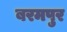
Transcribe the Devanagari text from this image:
बरमपुर